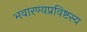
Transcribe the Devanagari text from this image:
भवारण्यप्रविष्टस्य